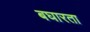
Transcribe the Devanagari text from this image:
बघारता